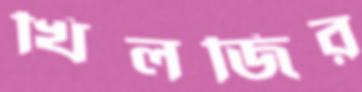
খিলজির